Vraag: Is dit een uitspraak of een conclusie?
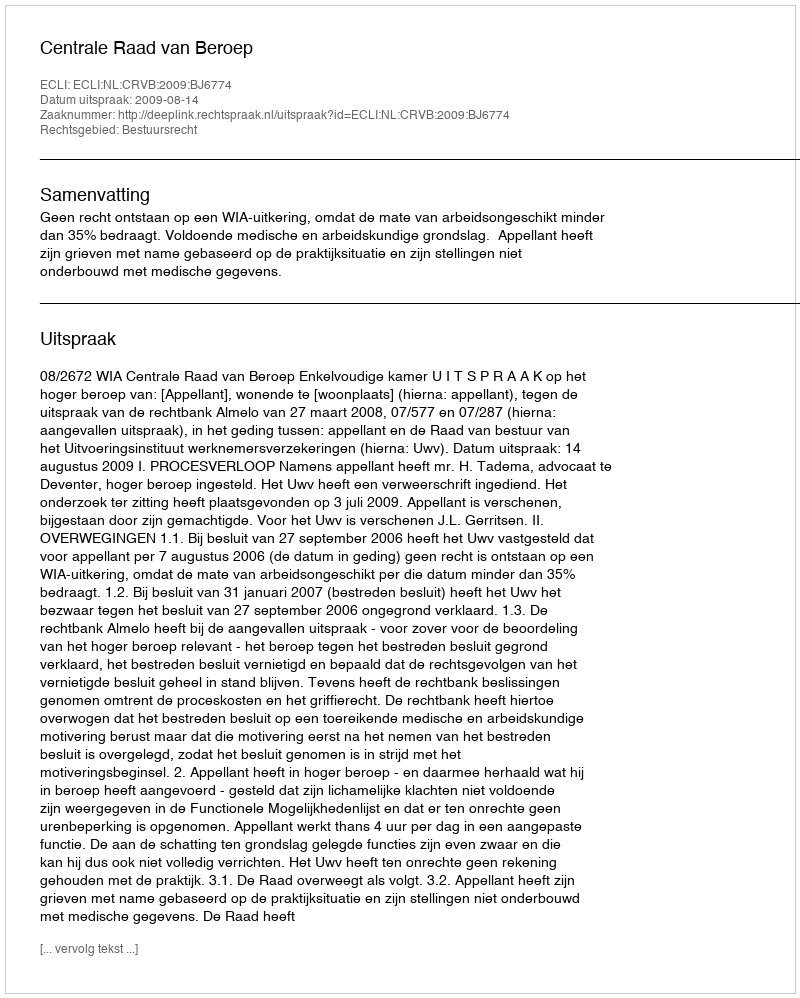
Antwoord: Uitspraak